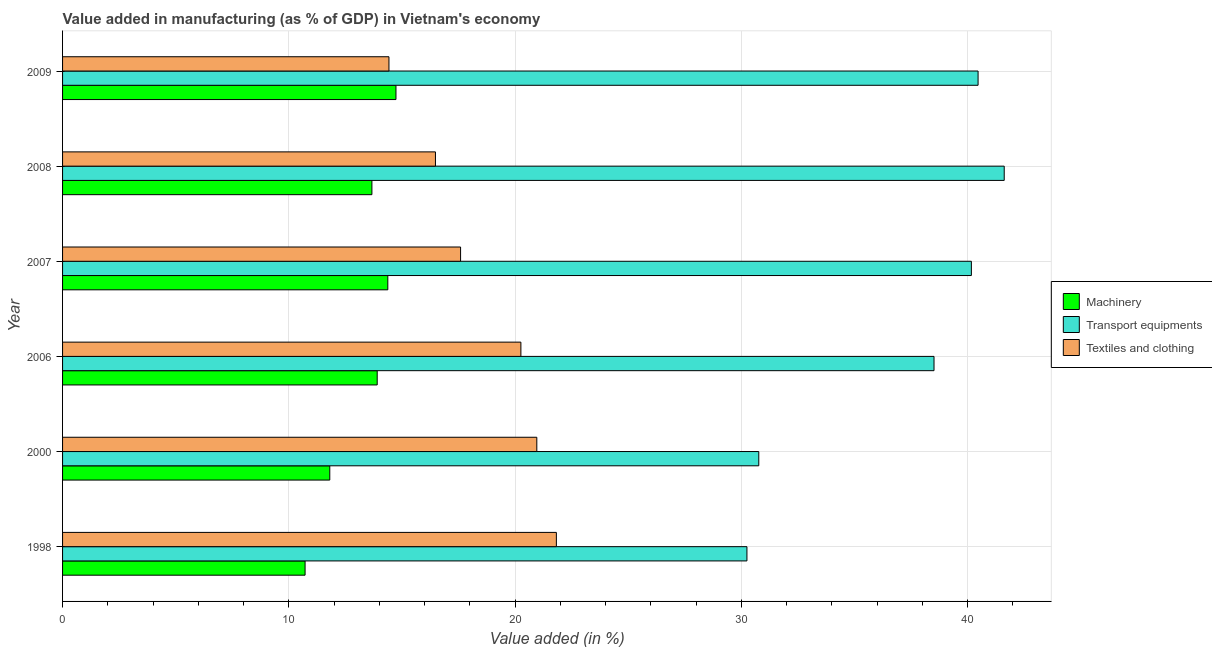
| Year | Machinery | Transport equipments | Textiles and clothing |
 | --- | --- | --- | --- |
 | 1998 | 10.7 | 30.3 | 21.8 |
 | 2000 | 11.8 | 30.8 | 21 |
 | 2006 | 13.9 | 38.5 | 20.3 |
 | 2007 | 14.4 | 40.2 | 17.6 |
 | 2008 | 13.7 | 41.6 | 16.5 |
 | 2009 | 14.7 | 40.5 | 14.4 |